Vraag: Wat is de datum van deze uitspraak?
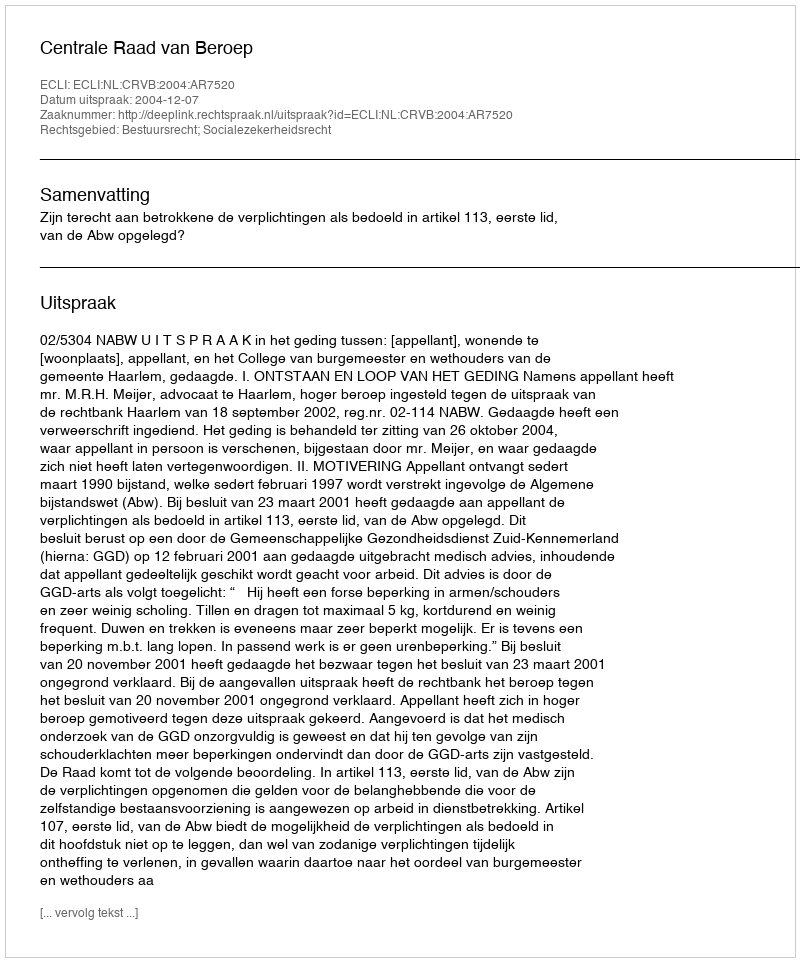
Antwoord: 2004-12-07